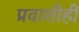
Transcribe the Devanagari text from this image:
प्रवाशीही